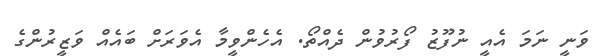
ވަނީ ނަމަ އެއީ ނުފޫޒު ފޯރުވުން ދެއްތޯ. އެހެންވީމާ އެވަރަށް ބައެއް ވަޒީރުންގެ